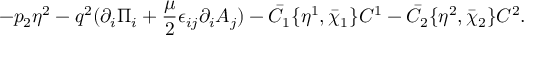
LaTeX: - p _ { 2 } \eta ^ { 2 } - q ^ { 2 } ( \partial _ { i } \Pi _ { i } + { \frac { \mu } { 2 } } \epsilon _ { i j } \partial _ { i } A _ { j } ) - \bar { C } _ { 1 } \{ \eta ^ { 1 } , \bar { \chi } _ { 1 } \} C ^ { 1 } - \bar { C } _ { 2 } \{ \eta ^ { 2 } , \bar { \chi } _ { 2 } \} C ^ { 2 } .